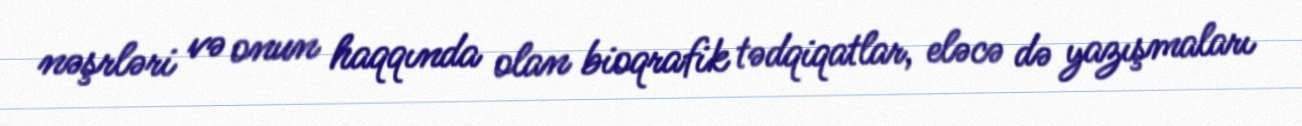
nəşrləri və onun haqqında olan bioqrafik tədqiqatlar, eləcə də yazışmaları